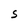
Character: S